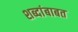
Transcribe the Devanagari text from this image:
शब्दांबाबत